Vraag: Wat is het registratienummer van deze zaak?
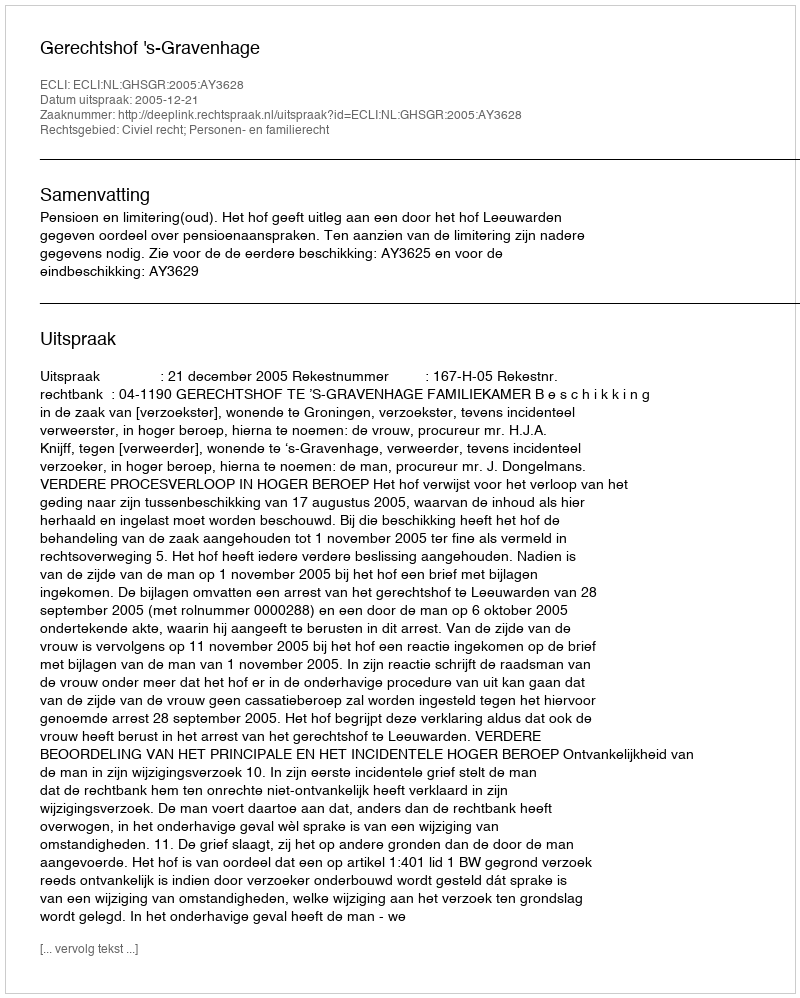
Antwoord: http://deeplink.rechtspraak.nl/uitspraak?id=ECLI:NL:GHSGR:2005:AY3628